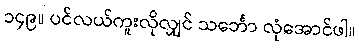
၁၄၉။ ပင်လယ်ကူးလိုလျှင် သင်္ဘော လုံအောင်ဖါ။